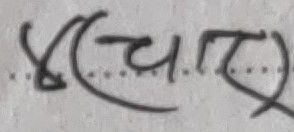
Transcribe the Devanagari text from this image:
धर